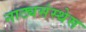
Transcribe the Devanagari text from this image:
नाट्यसंस्थेस